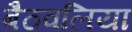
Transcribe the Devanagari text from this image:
बैठवलिया